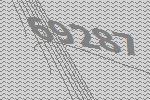
69287